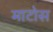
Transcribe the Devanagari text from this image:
माटोस